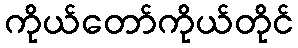
ကိုယ်တော်ကိုယ်တိုင်